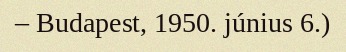
– Budapest, 1950. június 6.)